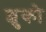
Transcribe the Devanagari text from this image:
शुको